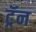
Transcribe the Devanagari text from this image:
ट्रॅन